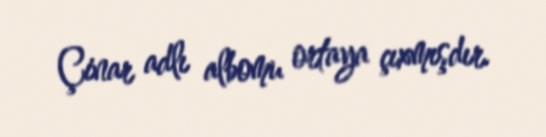
Çinar adlı albomu ortaya çıxmışdır.